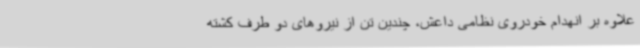
علاوه بر انهدام خودروی نظامی داعش، چندین تن از نیروهای دو طرف کشته